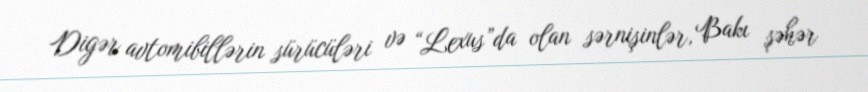
Digər avtomibillərin sürücüləri və “Lexus”da olan sərnişinlər, Bakı şəhər